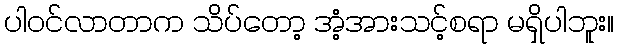
ပါဝင်လာတာက သိပ်တော့ အံ့အားသင့်စရာ မရှိပါဘူး။